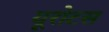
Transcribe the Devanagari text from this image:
यूरोटस